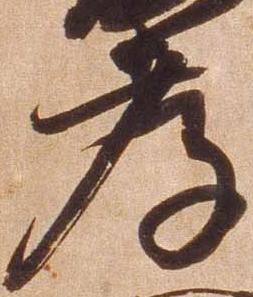
孝